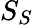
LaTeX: S_{S}